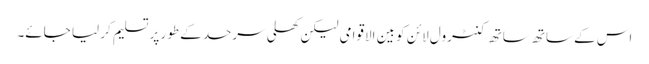
اس کے ساتھ ساتھ کنٹرول لائن کو بین الاقوامی لیکن کھلی سرحد کے طور پر تسلیم کر لیا جائے۔